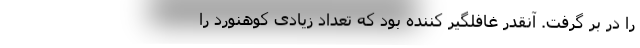
را در بر گرفت. آنقدر غافلگیر کننده بود که تعداد زیادی کوهنورد را